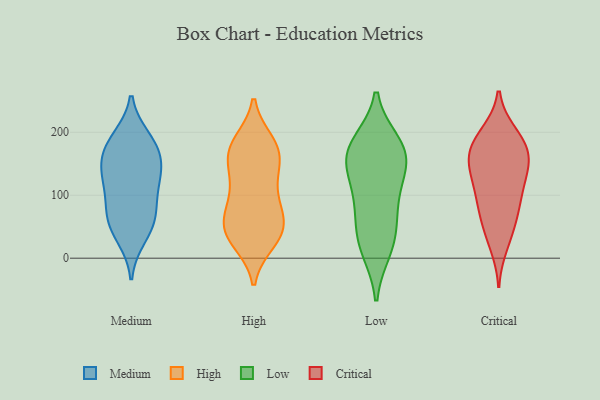
{"axis": {"x": "Conversion Rate (%)", "y": "Value"}, "legend": ["Critical", "High", "Low", "Medium"], "data": [{"x": "", "y": 136, "type": "Medium"}, {"x": "", "y": 56, "type": "Medium"}, {"x": "", "y": 99, "type": "Medium"}, {"x": "", "y": 70, "type": "Medium"}, {"x": "", "y": 159, "type": "Medium"}, {"x": "", "y": 35, "type": "Medium"}, {"x": "", "y": 189, "type": "Medium"}, {"x": "", "y": 132, "type": "Medium"}, {"x": "", "y": 176, "type": "Medium"}, {"x": "", "y": 179, "type": "Medium"}, {"x": "", "y": 61, "type": "Medium"}, {"x": "", "y": 124, "type": "Medium"}, {"x": "", "y": 94, "type": "High"}, {"x": "", "y": 51, "type": "High"}, {"x": "", "y": 180, "type": "High"}, {"x": "", "y": 175, "type": "High"}, {"x": "", "y": 40, "type": "High"}, {"x": "", "y": 184, "type": "High"}, {"x": "", "y": 97, "type": "High"}, {"x": "", "y": 35, "type": "High"}, {"x": "", "y": 137, "type": "High"}, {"x": "", "y": 146, "type": "High"}, {"x": "", "y": 52, "type": "High"}, {"x": "", "y": 165, "type": "High"}, {"x": "", "y": 29, "type": "High"}, {"x": "", "y": 96, "type": "High"}, {"x": "", "y": 66, "type": "High"}, {"x": "", "y": 179, "type": "High"}, {"x": "", "y": 26, "type": "High"}, {"x": "", "y": 58, "type": "High"}, {"x": "", "y": 143, "type": "High"}, {"x": "", "y": 165, "type": "Low"}, {"x": "", "y": 181, "type": "Low"}, {"x": "", "y": 42, "type": "Low"}, {"x": "", "y": 25, "type": "Low"}, {"x": "", "y": 175, "type": "Low"}, {"x": "", "y": 161, "type": "Low"}, {"x": "", "y": 128, "type": "Low"}, {"x": "", "y": 89, "type": "Low"}, {"x": "", "y": 87, "type": "Low"}, {"x": "", "y": 15, "type": "Low"}, {"x": "", "y": 156, "type": "Low"}, {"x": "", "y": 68, "type": "Critical"}, {"x": "", "y": 199, "type": "Critical"}, {"x": "", "y": 20, "type": "Critical"}, {"x": "", "y": 62, "type": "Critical"}, {"x": "", "y": 168, "type": "Critical"}, {"x": "", "y": 175, "type": "Critical"}, {"x": "", "y": 97, "type": "Critical"}, {"x": "", "y": 137, "type": "Critical"}, {"x": "", "y": 186, "type": "Critical"}, {"x": "", "y": 117, "type": "Critical"}, {"x": "", "y": 36, "type": "Critical"}, {"x": "", "y": 164, "type": "Critical"}, {"x": "", "y": 135, "type": "Critical"}, {"x": "", "y": 107, "type": "Critical"}, {"x": "", "y": 80, "type": "Critical"}, {"x": "", "y": 155, "type": "Critical"}, {"x": "", "y": 154, "type": "Critical"}, {"x": "", "y": 199, "type": "Critical"}]}